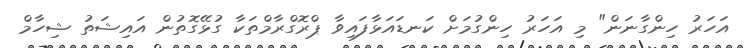
އަހަރު ހިންގާނަން" މި އަހަރު ހިންގުމަށް ކަނޑައަޅާފައިވާ ޕްރޮގްރާމްތަކާ ގުޅޭގޮތުން އައިޝަތު ޝިހާމް